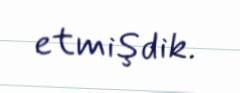
etmişdik.